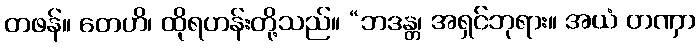
တဖန်။ တေဟိ၊ ထိုရဟန်းတို့သည်။ “ဘဒန္တ၊ အရှင်ဘုရား။ အယံ တဏှာ